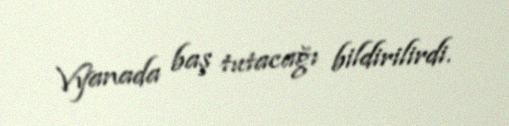
Vyanada baş tutacağı bildirilirdi.